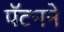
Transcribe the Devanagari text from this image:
पॅटनने